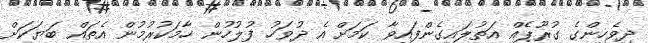
ދިވެހިންގެ ގުރޫޕެއް އަތުލައިގެންފައިވާ ކަމަށް އެ ދުވަހު ފުލުހުން ހާމަކުރުމުން އެތައް ބަޔަކަށް